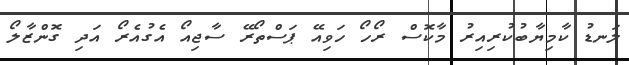
ލަނޑު ކާމިޔާބުކުރިއިރު މާކޮސް ރޯހޯ ހަވިއޭ ޕަސްތޯރޭ ސާޖިއޯ އެގުއެރޯ އަދި ގޮންޒާލޯ